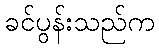
ခင်ပွန်းသည်က